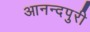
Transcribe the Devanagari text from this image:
आनन्दपुरी